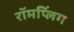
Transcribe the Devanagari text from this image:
रॉमप्लिंग